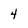
Character: 4